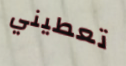
تعطيني